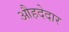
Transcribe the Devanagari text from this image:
औहदेदार